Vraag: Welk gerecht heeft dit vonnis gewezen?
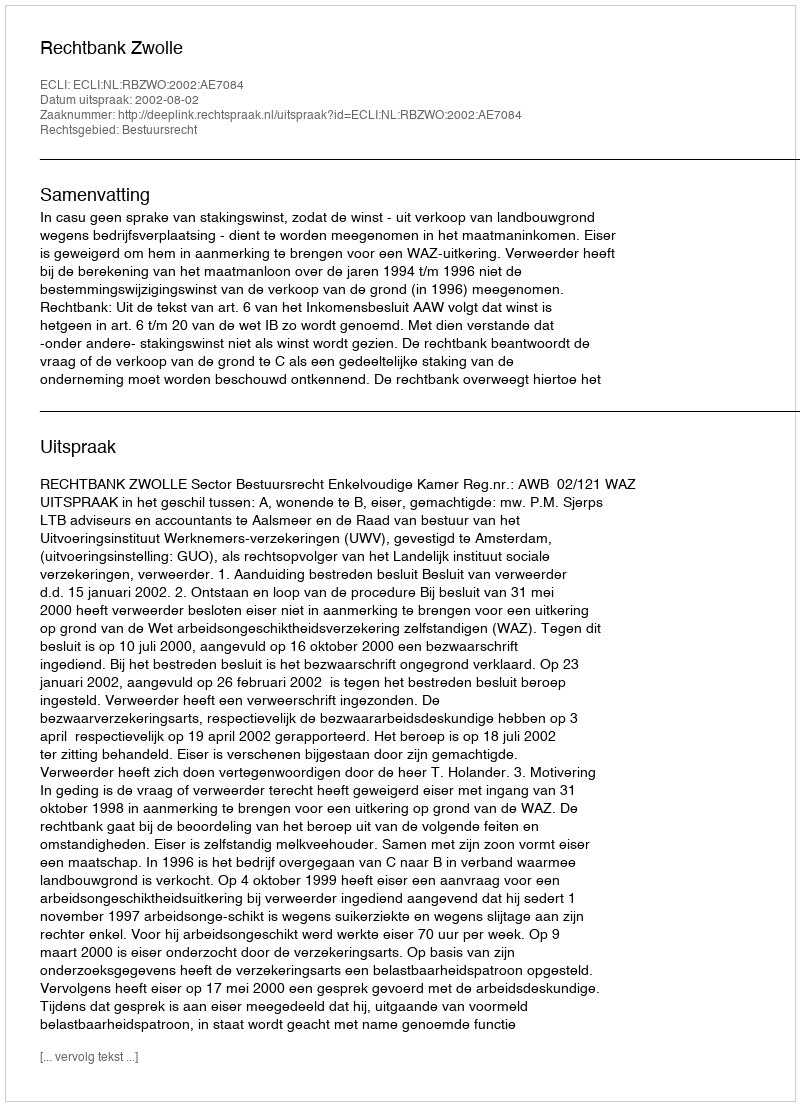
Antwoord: Rechtbank Zwolle